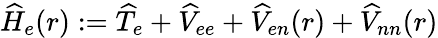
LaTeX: \widehat H_{e}(r):=\widehat T_{e}+\widehat V_{ee}+\widehat V_{en}(r)+\widehat V_{nn}(r)